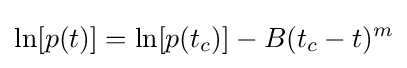
\ln[p(t)]=\ln[p(t_{c})]-B(t_{c}-t)^{m}